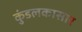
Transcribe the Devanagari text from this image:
कुंडलकासार